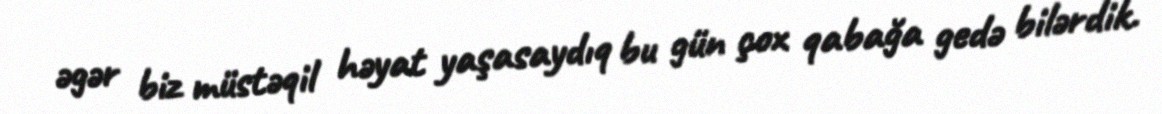
əgər biz müstəqil həyat yaşasaydıq bu gün çox qabağa gedə bilərdik.